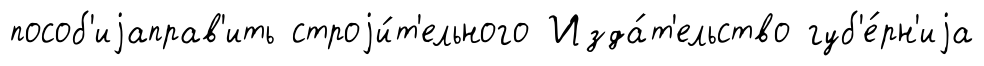
пособ'иjаправ'ить строjи́т'ельного Изда́т'ельство губ'е́рн'иjа